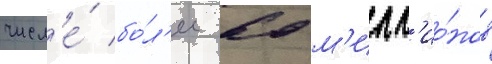
числ'е́ бо́л'ее 60 м'илл'ио́нов